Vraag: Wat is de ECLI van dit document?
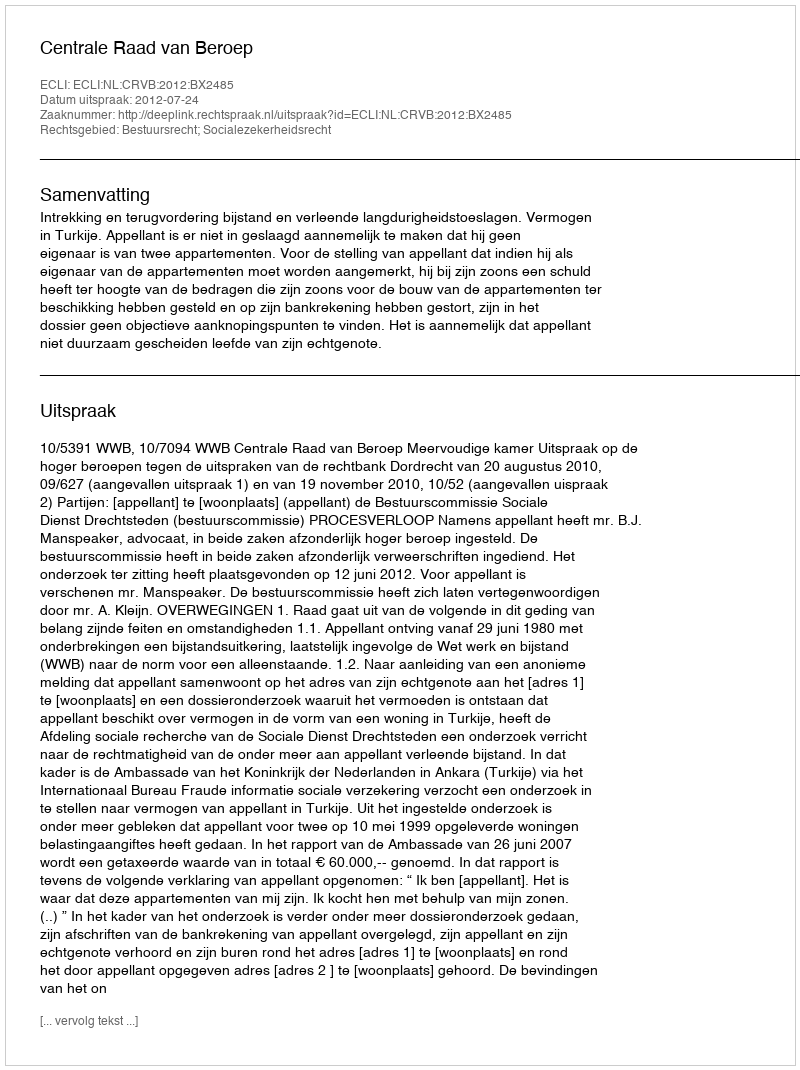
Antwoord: ECLI:NL:CRVB:2012:BX2485